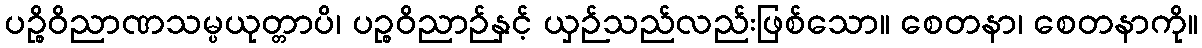
ပဉ္စိဝိညာဏသမ္ပယုတ္တာပိ၊ ပဉ္စဝိညာဉ်နှင့် ယှဉ်သည်လည်းဖြစ်သော။ စေတနာ၊ စေတနာကို။